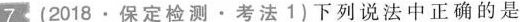
7(2018 \cdot 保定检测 \cdot 考法1)下列说法中正确的是